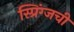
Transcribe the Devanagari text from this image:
स्प्रिंग्जची